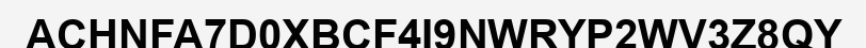
ACHNFA7D0XBCF4I9NWRYP2WV3Z8QY